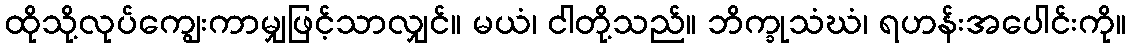
ထိုသို့လုပ်ကျွေးကာမျှဖြင့်သာလျှင်။ မယံ၊ ငါတို့သည်။ ဘိက္ခုသံဃံ၊ ရဟန်းအပေါင်းကို။